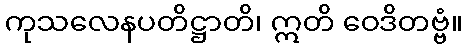
ကုသလေနပတိဋ္ဌာတိ၊ ဣတိ ဝေဒိတဗ္ဗံ။